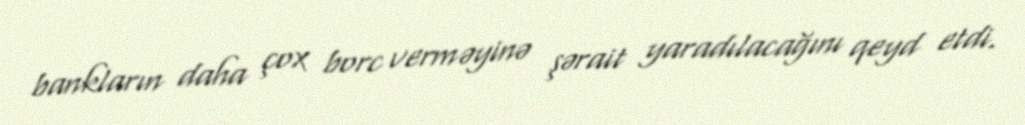
bankların daha çox borc verməyinə şərait yaradılacağını qeyd etdi.